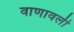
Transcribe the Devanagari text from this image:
वाणावली